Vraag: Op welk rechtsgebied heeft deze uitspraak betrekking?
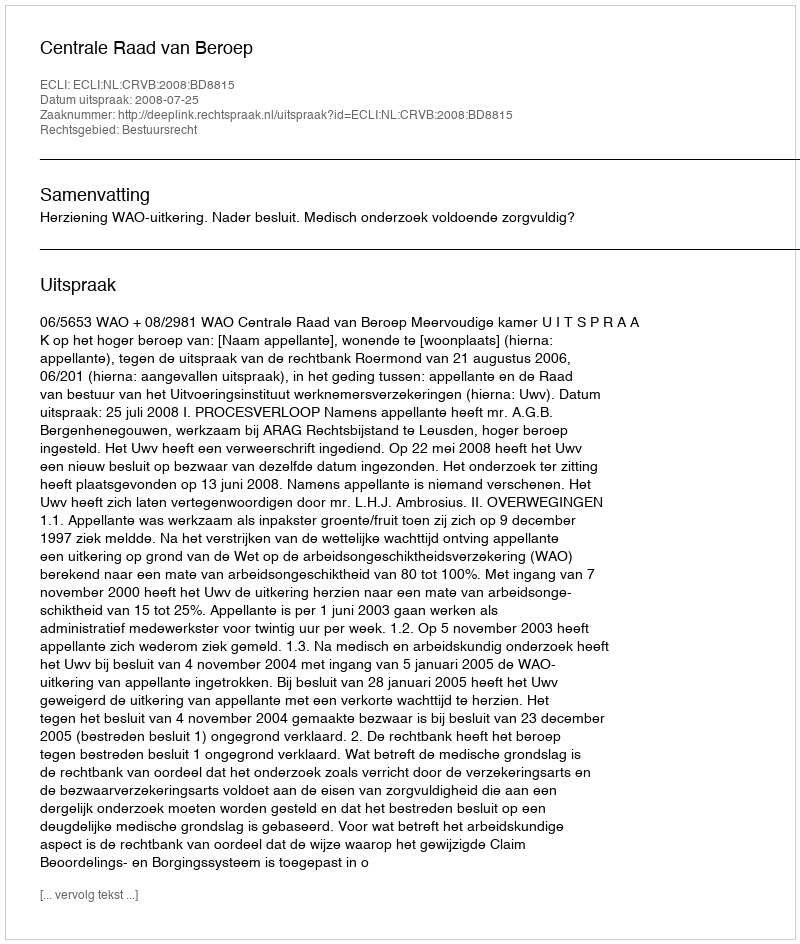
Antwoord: Bestuursrecht